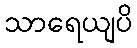
သာရေယျပိ